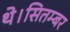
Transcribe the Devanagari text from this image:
थे।सितम्बर